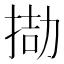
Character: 𢮌